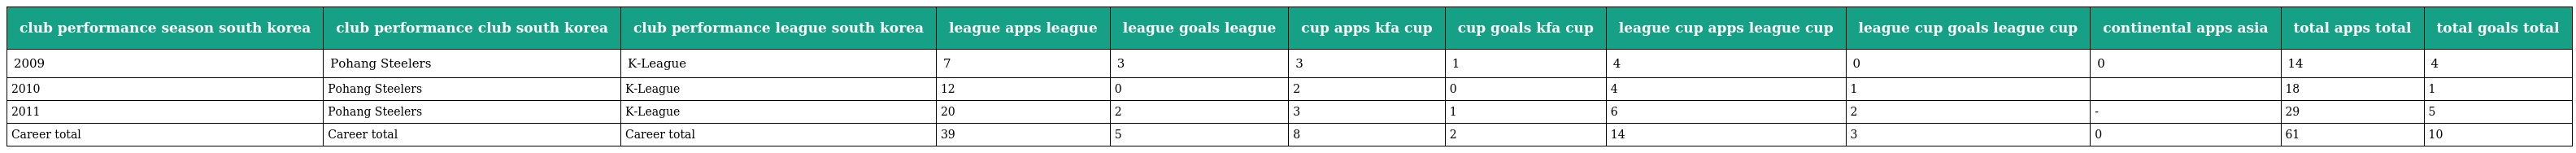
| club performance season south korea | club performance club south korea | club performance league south korea | league apps league | league goals league | cup apps kfa cup | cup goals kfa cup | league cup apps league cup | league cup goals league cup | continental apps asia | total apps total | total goals total |
 | --- | --- | --- | --- | --- | --- | --- | --- | --- | --- | --- | --- |
 | 2009 | Pohang Steelers | K-League | 7 | 3 | 3 | 1 | 4 | 0 | 0 | 14 | 4 |
 | 2010 | Pohang Steelers | K-League | 12 | 0 | 2 | 0 | 4 | 1 |  | 18 | 1 |
 | 2011 | Pohang Steelers | K-League | 20 | 2 | 3 | 1 | 6 | 2 | - | 29 | 5 |
 | Career total | Career total | Career total | 39 | 5 | 8 | 2 | 14 | 3 | 0 | 61 | 10 |